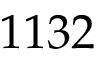
1 1 3 2